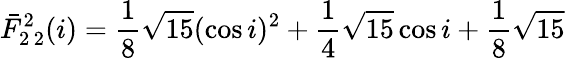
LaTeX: \bar{F}_{2\, 2}^{2}(i)=\frac{1}{8}\sqrt{15}(\cos i)^{2}+\frac{1}{4}\sqrt{15}\cos i+\frac{1}{8}\sqrt{15}